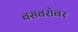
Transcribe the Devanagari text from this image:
बसबरोबर